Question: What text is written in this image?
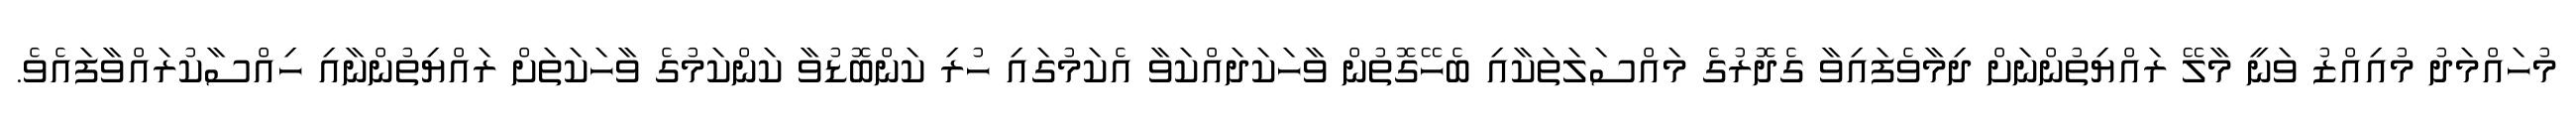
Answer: މުހައްމަދު މުއިއްޒު ވަނީ މާލޭ ރައްޔިތުންނަށް ދިމާވެފައިވާ ގެދޮރުގެ މައްސަލަތަކާއި ބެހޭގޮތުން ވާހަކަދައްކަވާ އެކަމުގައި ހުރި ކަންބޮޑުވާ ކަންކަމުގެ ވާހަކަތަށް ރައްޔިތުންނާއި ހިއްސާކުރައްވާފައެވެ.